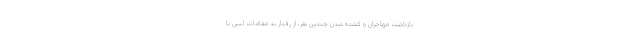
بازداشت مهاجران و کشته شدن چندین نفر، از رفتار بد مقامات لیبی با